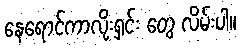
နေရောင်ကာလိုးရှင်း တွေ လိမ်းပါ။